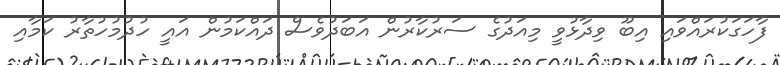
ފާހަގަކުރައްވައި އިބޫ ވިދާޅުވީ މިއަދުގެ ސަރުކާރުން އަބަދުވެސް ދައްކަމުން އައީ ހުދުމުހުތާރު ކަމާއި